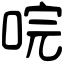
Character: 唍